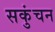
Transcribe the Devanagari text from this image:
सकुंचन